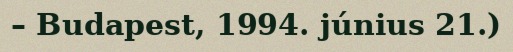
– Budapest, 1994. június 21.)